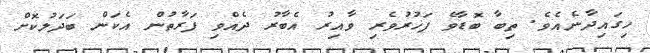
ހިގައިދާނެއެވެ. ތިބާ ބޮޑާވެ ފަޚުރުވެރި ވާއިރު އެބާރު ދެއްވި ފަރާތުން އެކަން ބަދަލުކޮށް